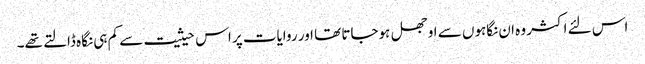
اس لئے اکثر وہ ان نگاہوں سے اوجھل ہوجاتا تھا اور روایات پر اس حیثیت سے کم ہی نگاہ ڈالتے تھے۔